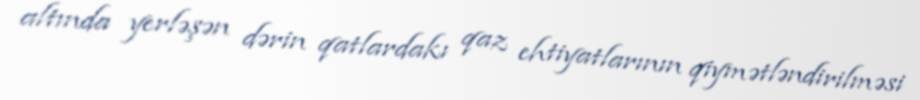
altında yerləşən dərin qatlardakı qaz ehtiyatlarının qiymətləndirilməsi